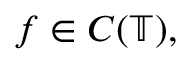
f \in C ( \mathbb { T } ) ,